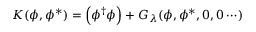
K ( \phi , \phi ^ { * } ) = \Big ( \phi ^ { \dagger } \phi \Big ) + G _ { \lambda } ( \phi , \phi ^ { * } , 0 , 0 \cdots )